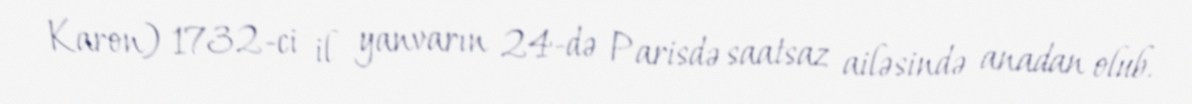
Karon) 1732-ci il yanvarın 24-də Parisdə saatsaz ailəsində anadan olub.